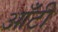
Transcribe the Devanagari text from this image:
आँटी